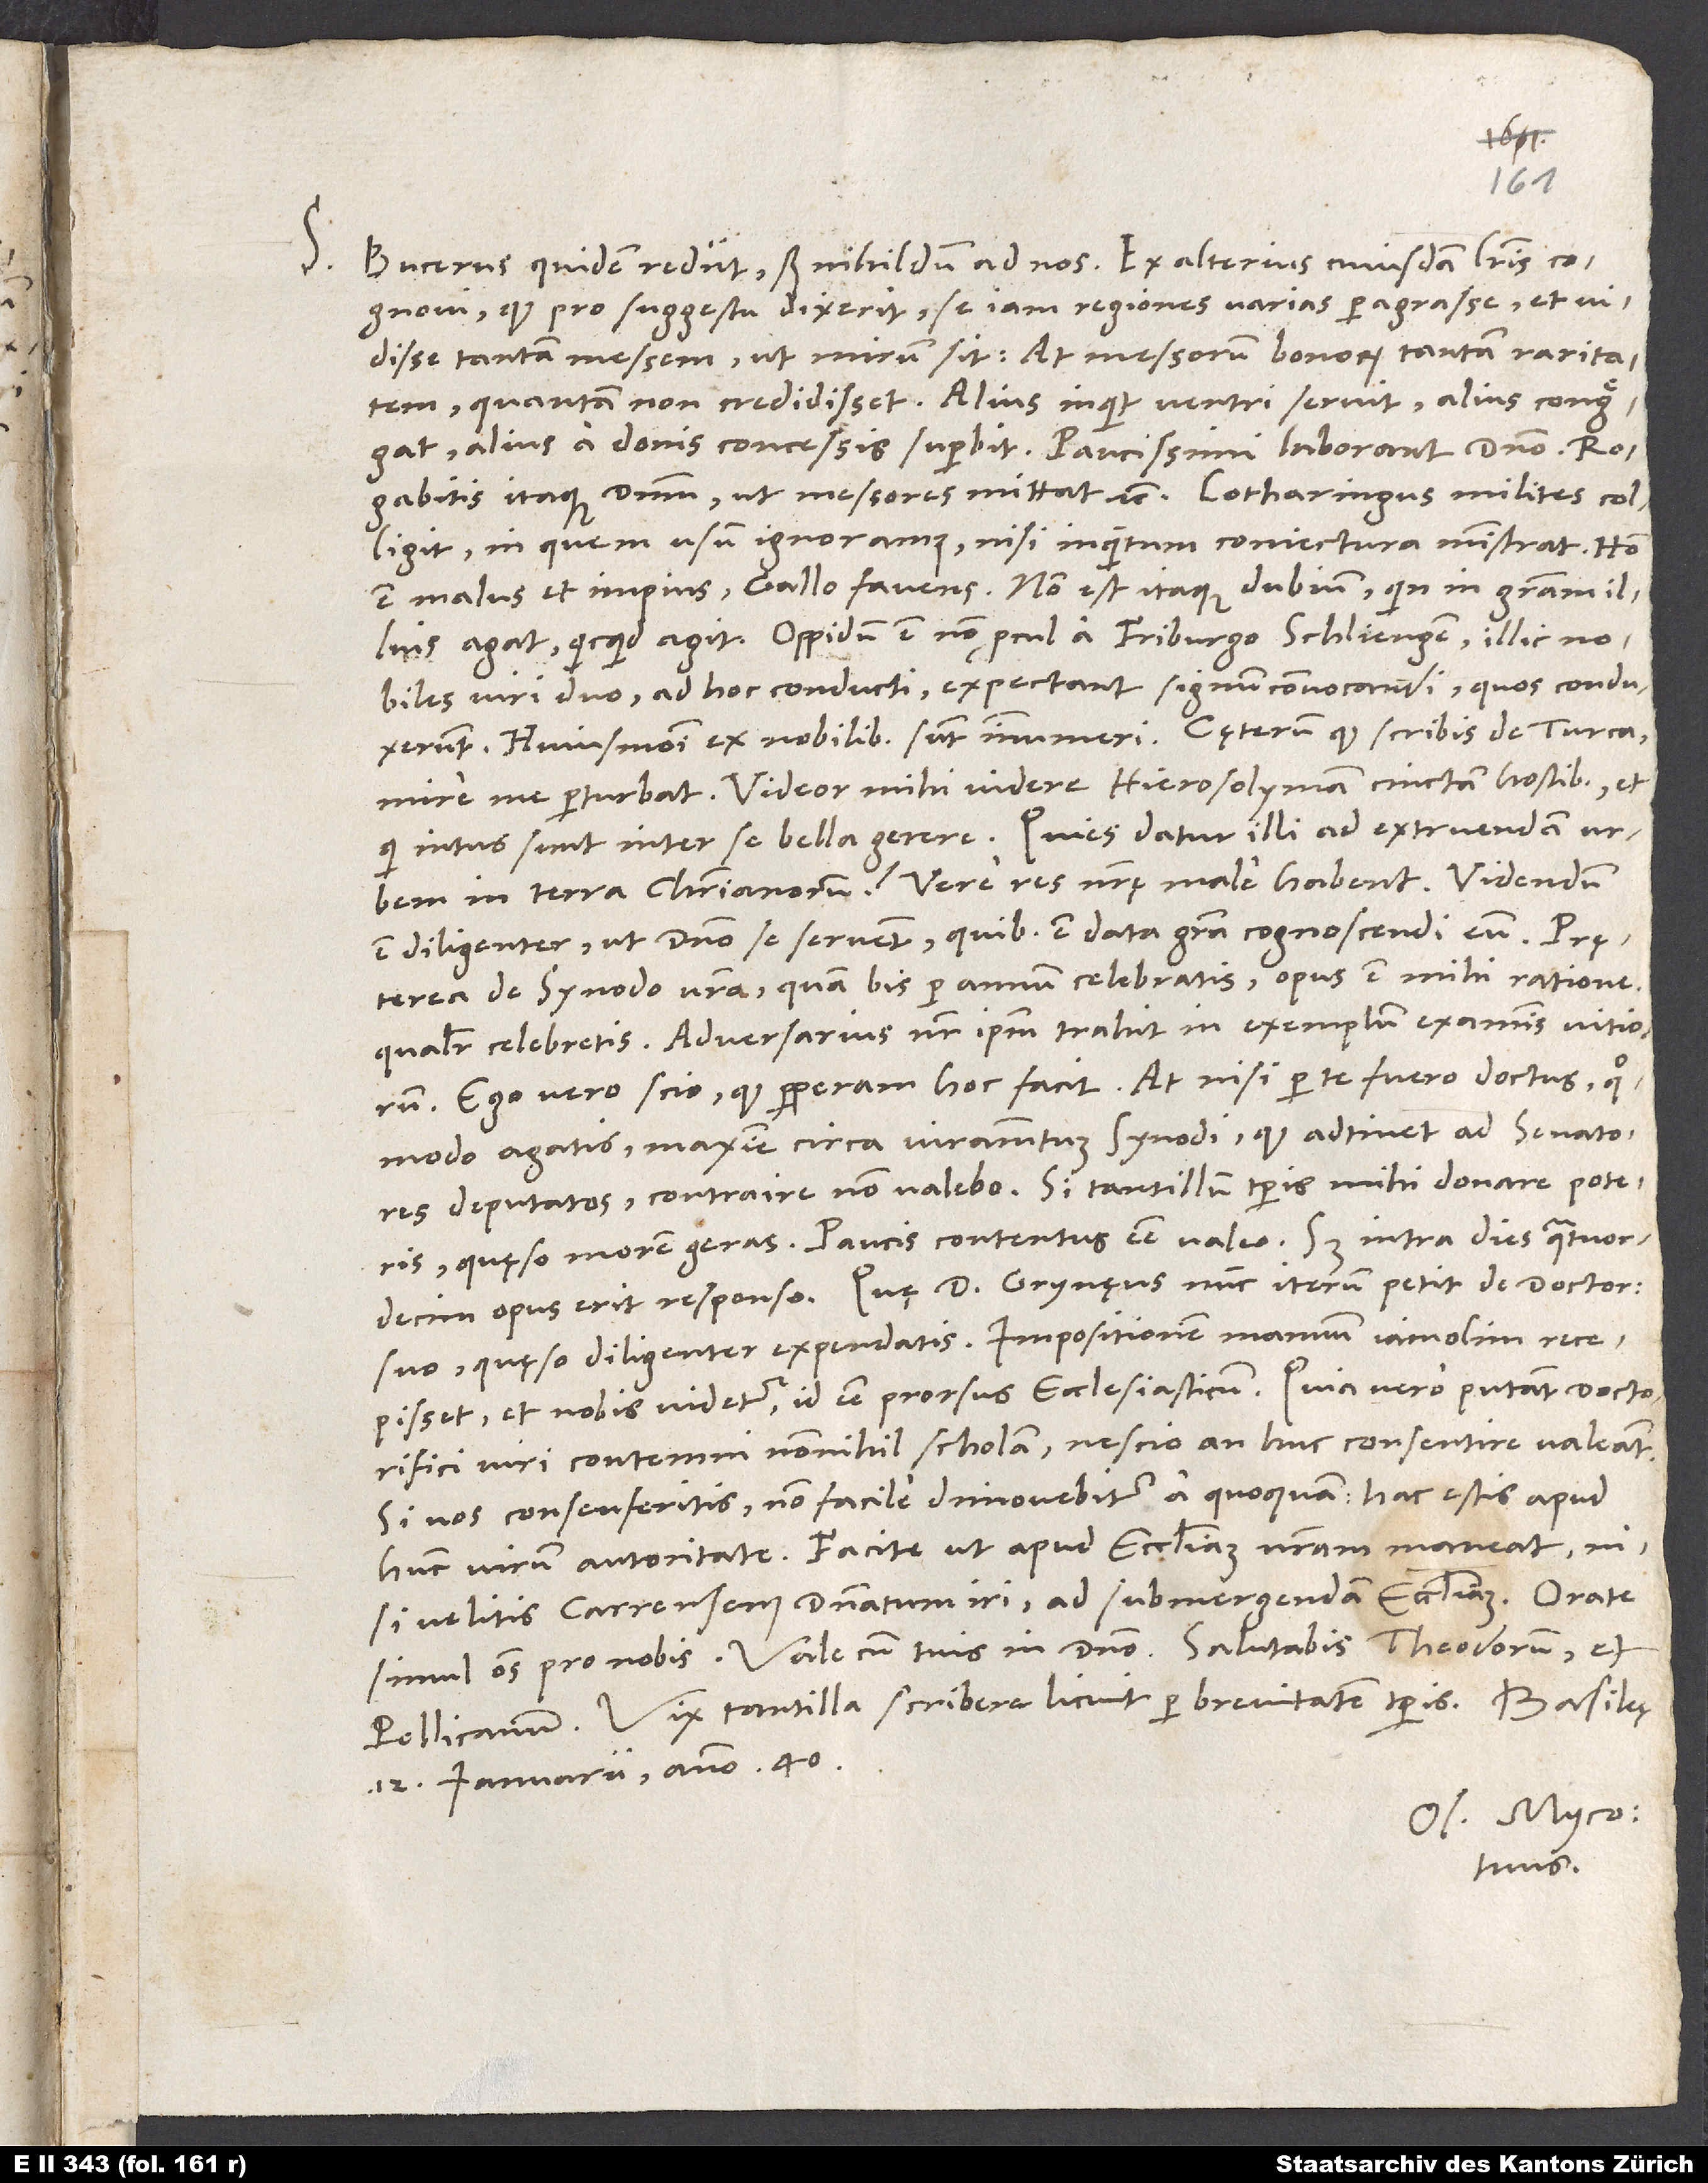
S. Bucerus quidem rediit, sed nihildum ad nos. Ex alterius cuiusdam literis cognovi,
quod pro suggestu dixerit se iam regiones varias peragrasse et vidisse
tantam messem, ut mirum sit, at messorum bonorum tantam raritatem,
quantam non credidisset. „Alius“, inquit, „ventri servit, alius congregat,
alius a donis concessis superbit; paucissimi laborant domino. Rogabitis
colligit; in quem usum, ignoramus, nisi in quantum coniectura ministrat. Homo
est malus et impius, Gallo favens; non est itaque dubium, quin in gratiam illius
agat, quicquid agit. Oppidum est non procul a Friburgo, Schliengen; illic nobiles
viri duo ad hoc conducti expectant signum convocandi, quos conduxerunt.
mire me perturbat. Videor mihi videre Hierosolymam cinctam hostibus et,
in terra christianorum? Vere res nostrę male habent. Videndum
est diligenter, ut domino se servent, quibus est data gratia cognoscendi eum.
Pręterea de synodo vestra, quam bis per annum celebratis, opus est mihi ratione,
qualiter celebretis. Adversarius noster ipsam trahit in exemplum examinis vitiorum.
Ego vero scio, quod perperam hoc facit. At nisi per te fuero doctus, quomodo
agatis, maxime circa iuramentum synodi, quod adtinet ad senatores
deputatos, contraire non valebo. Si tantillum temporis mihi donare poteris,
quęso, morem geras. Paucis contentus esse valeo; sed intra dies quatuordecim
suo, quęso, diligenter expendatis. Impositionem manuum iam olim recepisset,
et nobis videtur id esse prorsus ecclesiasticum. Quia vero putant doctorifici
viri contemni nonnihil scholam, nescio, an huc consentire valeant.
Si vos consenseritis, non facile dimovebitur a quoquam; hac estis apud
hunc virum autoritate. Facite, ut apud ecclesiam nostram maneat,
velitis Carrensem dominatum iri ad submergendam ecclesiam. Orate
Vale cum tuis in domino. Salutabis Theodorum et
Pellicanum. Vix tantilla scribere licuit per brevitatem temporis.
12. ianuarii anno 40.
Os. Myco.
tuus.